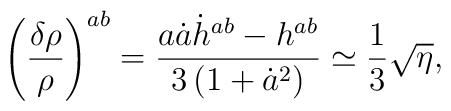
\left(\frac{\delta\rho}{\rho}\right)^{ab}=\frac{a\dot{a}\dot{h}^{ab}-h^{ab}}{3\left(1+\dot{a}^2\right)}\simeq\frac{1}{3}\sqrt{\eta} ,